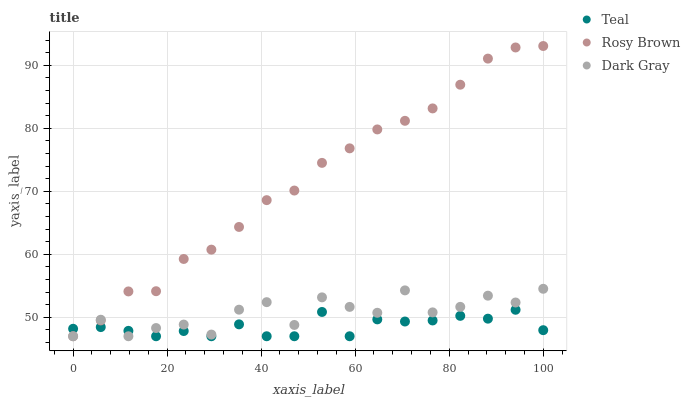
| xaxis_label | Teal | Rosy Brown | Dark Gray |
 | --- | --- | --- | --- |
 | 0 | 48.2 | 47 | 47 |
 | 5.88 | 48.5 | 49.5 | 49.6 |
 | 11.8 | 47.9 | 54.1 | 47 |
 | 17.6 | 47 | 54.1 | 48.3 |
 | 23.5 | 47.8 | 59.3 | 48.9 |
 | 29.4 | 47 | 60.7 | 47.3 |
 | 35.3 | 48.9 | 64.3 | 51.2 |
 | 41.2 | 47 | 68.6 | 52.4 |
 | 47.1 | 47 | 70.1 | 48.8 |
 | 52.9 | 50.9 | 74.5 | 53.2 |
 | 58.8 | 47 | 76.8 | 51.7 |
 | 64.7 | 49.7 | 79.8 | 50.7 |
 | 70.6 | 49.3 | 81.2 | 54.3 |
 | 76.5 | 49.5 | 83.2 | 50.8 |
 | 82.4 | 50.2 | 86.9 | 51.7 |
 | 88.2 | 49.8 | 91.1 | 53.4 |
 | 94.1 | 51.2 | 92.8 | 52.4 |
 | 100 | 48 | 93.1 | 54.5 |